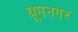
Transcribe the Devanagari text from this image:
धूमनगर